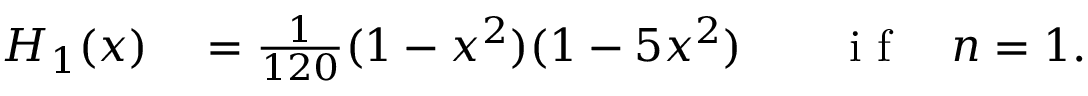
\begin{array} { r l r l } { H _ { 1 } ( x ) } & { { } = \frac { 1 } { 1 2 0 } ( 1 - x ^ { 2 } ) ( 1 - 5 x ^ { 2 } ) } & { } & { { } \mathrm { ~ i ~ f ~ } \quad n = 1 . } \end{array}